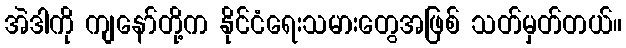
အဲဒါကို ကျနော်တို့က နိုင်ငံရေးသမားတွေအဖြစ် သတ်မှတ်တယ်။